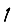
Digit: 1